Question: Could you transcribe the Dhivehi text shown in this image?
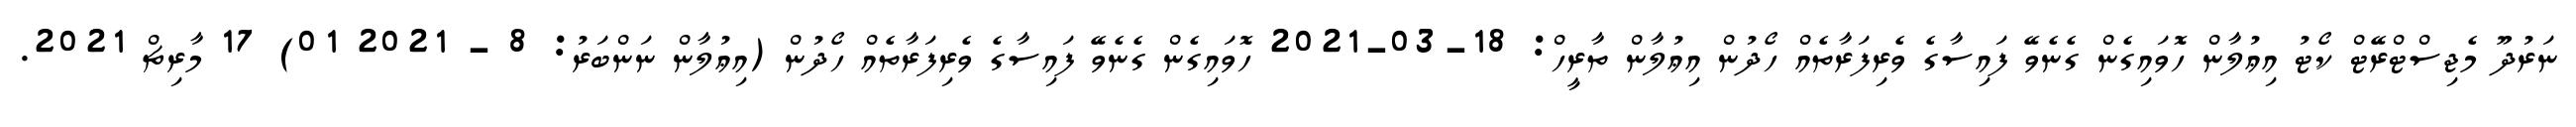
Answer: ނަރުދޫ މެޖިސްޓްރޭޓް ކޯޓު އިޢުލާން ހޮވައިގެން ގެނެވޭ ފައިސާގެ ވެރިފަރާތެއް ހޯދުން އިޢުލާން ތާރީހް: 18-03-2021 ހޮވައިގެން ގެނެވޭ ފައިސާގެ ވެރިފަރާތެއް ހޯދުން (އިޢުލާން ނަންބަރު: 8 - 2021 01) 17 މާރިޗް 2021.